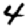
Digit: 4